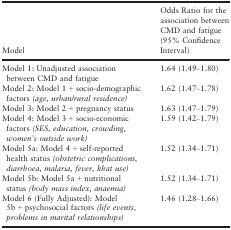
<table><thead><tr><td><b>Model</b></td><td><b>Odds Ratio for the association between CMD and fatigue (95% Confidence Interval)</b></td></tr></thead><tbody><tr><td>Model 1: Unadjusted association between CMD and fatigue</td><td>1.64 (1.49–1.80)</td></tr><tr><td>Model 2: Model 1 + socio‐demographic factors <i>(age, urban/rural residence)</i></td><td>1.62 (1.47–1.78)</td></tr><tr><td>Model 3: Model 2 + pregnancy status</td><td>1.63 (1.47–1.79)</td></tr><tr><td>Model 4: Model 3 + socio‐economic factors <i>(SES, education, crowding, women&#x27;s outside work)</i></td><td>1.59 (1.42–1.79)</td></tr><tr><td>Model 5a: Model 4 + self‐reported health status <i>(obstetric complications, diarrhoea, malaria, fever, khat use)</i></td><td>1.52 (1.34–1.71)</td></tr><tr><td>Model 5b: Model 5a + nutritional status <i>(body mass index, anaemia)</i></td><td>1.52 (1.34–1.71)</td></tr><tr><td>Model 6 (Fully Adjusted): Model 5b + psychosocial factors <i>(life events, problems in marital relationships)</i></td><td>1.46 (1.28–1.66)</td></tr></tbody></table>